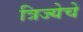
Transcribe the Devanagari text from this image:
त्रिज्येचे